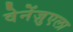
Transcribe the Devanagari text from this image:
वेनेंज़ुएला